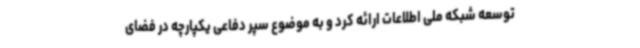
توسعه شبکه ملی اطلاعات ارائه کرد و به موضوع سپر دفاعی یکپارچه در فضای